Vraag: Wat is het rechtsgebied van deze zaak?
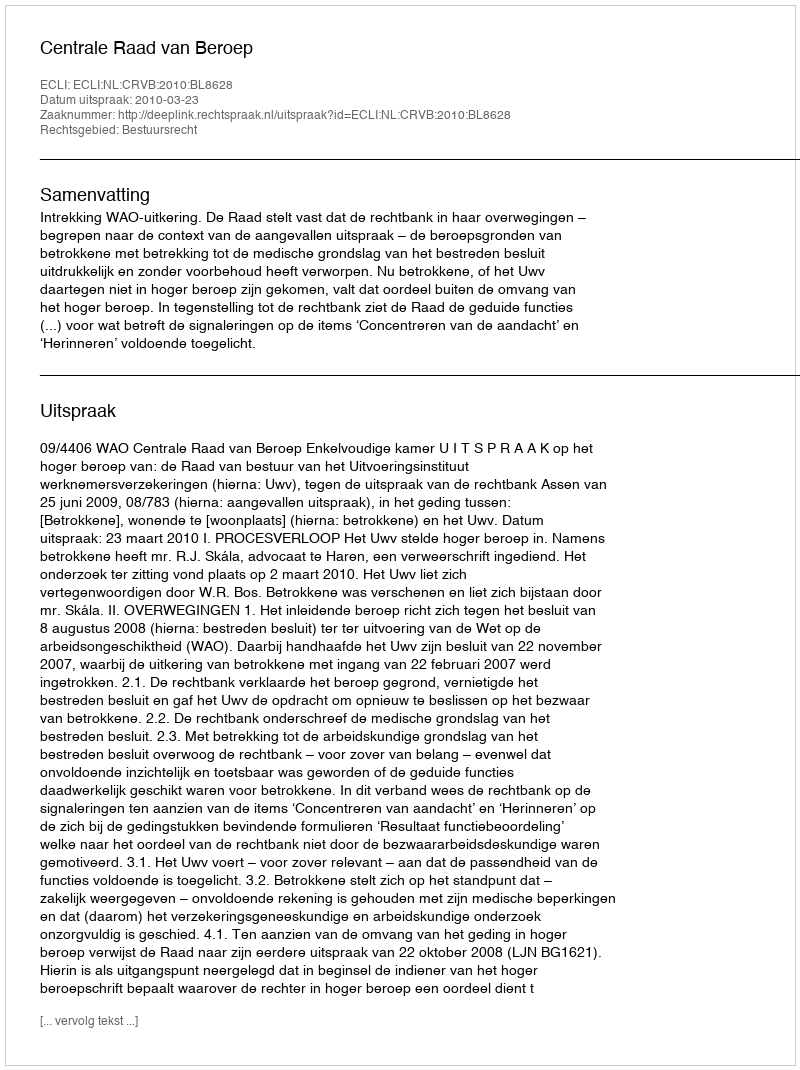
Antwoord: Bestuursrecht